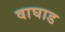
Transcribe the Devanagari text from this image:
वाघाड